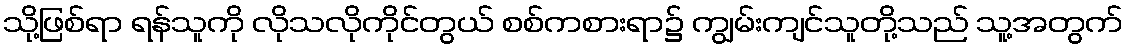
သို့ဖြစ်ရာ ရန်သူကို လိုသလိုကိုင်တွယ် စစ်ကစားရာ၌ ကျွမ်းကျင်သူတို့သည် သူ့အတွက်